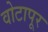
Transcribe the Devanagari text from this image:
वोटापूर